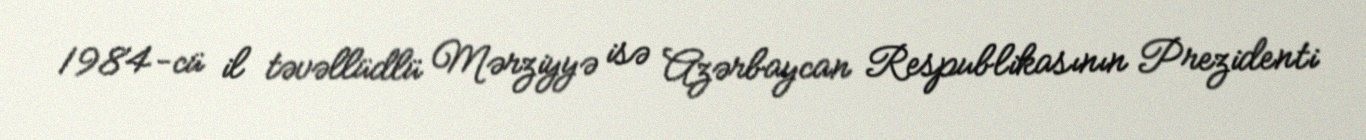
1984-cü il təvəllüdlü Mərziyyə isə Azərbaycan Respublikasının Prezidenti